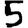
Digit: 5